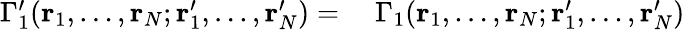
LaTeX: \begin{array}{rl}{\Gamma_{1}^{\prime}(\mathbf{r}_{1},\ldots,\mathbf{r}_{N};\mathbf{r}_{1}^{\prime},\ldots,\mathbf{r}_{N}^{\prime})=\; }&{{}\Gamma_{1}(\mathbf{r}_{1},\ldots,\mathbf{r}_{N};\mathbf{r}_{1}^{\prime},\ldots,\mathbf{r}_{N}^{\prime})}\end{array}